Annual statistical returns and brief notes on vaccination in Bengal - 1896-1909
Year: 1896
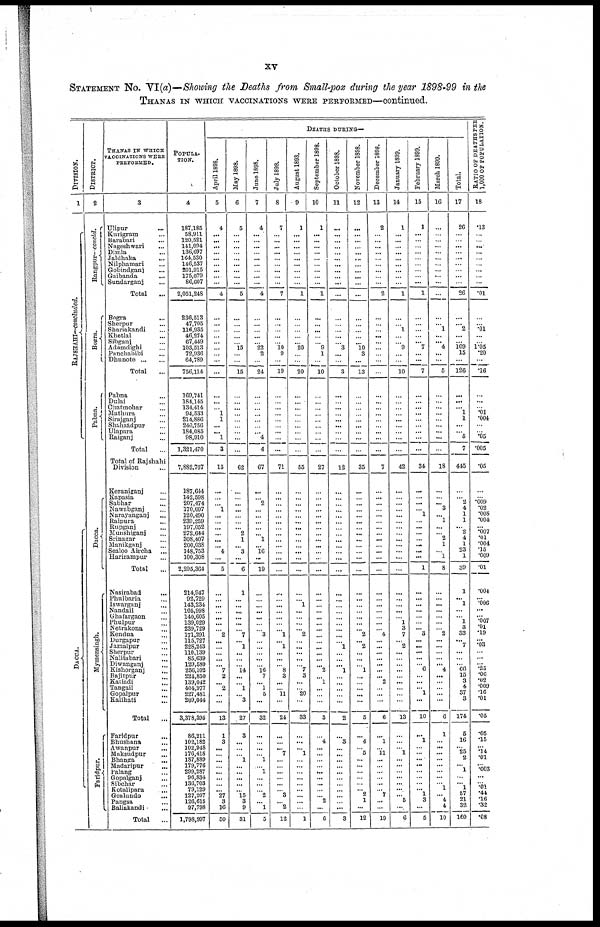
xv
STATEMENT No. VI(a)—Showing the Deaths from Small-pox during the year 1898-99 in the
THANAS IN WHICH VACCINATIONS WERE PERFORMED—continued.
DIVISION.
1
RAJSHAHI—concluded.
DACCA.
DISTRICT.
2
Rangpur-concld.
Bogra.
Pabna.
Dacca.
Mymensingh.
Faridpur.
THANAS IN WHICH
VACCINATIONS WERE
PERFORMED.
3
Ulipur ...
Kurigram ...
Barabari ...
Nageshwari ...
Dimla ...
Jaldhaka
...
Nilphamari ...
Gobindganj ...
Gaibanda ...
Sundarganj ...
Total
...
Bogra
...
Sherpur ...
Shariakandi ...
Khetlal ...
Sibganj ...
Adamdighi ...
Panchabibi ...
Dhunote ... ...
Total
...
Pabna ...
Dulai ...
Chatmohar ...
Mathura ...
Sirajganj ...
Shahzadpur ...
Ulapara ...
Raiganj ...
Total ...
Total of Rajshahi
Division ...
Keraniganj ...
Kapasia ...
Sabhar ...
Nawabganj ...
Narayanganj ...
Raipura ...
Rupganj ...
Munshiganj ...
Srinagar ...
Manikganj ...
Sealoo Aircha ...
Harirampur ...
Total ...
Nasirabad
...
Phulbaria ...
Iswarganj ...
Nandail ...
Ghafargaon ...
Phulpur ...
Netrakona ...
Kendua ...
Durgapur ...
Jamalpur ...
Sherpur ...
Nalitabari ...
Diwanganj ...
Kishorganj ...
Bajitpur ...
Katiadi ...
Tangail ...
Gopalpur ...
Kalihati ...
Total ...
Faridpur
...
Bhushana ...
Awanpur ...
Maksudpur ...
Bhanga
...
Madaripur ...
Palang ...
Gopalganj ...
Sibchar ...
Kotalipara ...
Goalundo ...
Pangsa ...
Baliakandi ...
Total ...
POPULA-
TION.
4
187,185
58,911
120,521
141,094
136,697
164,530
146,537
201,915
175,079
86,607
2,051,248
236,513
47,705
116,935
46,274
67,449
103,513
72,936
64,789
756,114
169,741
184,145
134,414
94,533
214,886
240,756
184,085
98,910
1,321,470
7,882,767
187,644
142,598
207,474
170,697
120,490
239,259
197,052
272,644
308,407
200,038
148,753
100,308
2,295,364
214,947
92,729
143,234
105,998
140,605
139,029
239,729
171,291
115,727
228,243
110,139
85,639
129,589
256,102
224,850
139,042
404,977
227,481
209,044
8,378,395
86,211
102,182
102,948
176,418
187,889
179,776
299,287
96,834
136,703
79,129
127,207
126,615
97,798
1,798,997
DEATHS DURING—
April 1898.
5
4
...
...
...
...
...
...
...
...
...
4
...
...
...
...
...
...
...
...
...
...
...
...
1
1
...
... 1
3
15
...
...
...
1
...
...
...
...
...
... 4
...
5
...
...
...
...
...
...
...
2
...
...
...
...
... 7
2
... 2
...
...
13
1
3
...
...
...
...
...
...
...
... 27
3
16
50
May 1898.
6
5
...
...
...
...
...
...
...
...
...
5
...
...
...
...
...
15
...
...
15
...
...
...
...
...
...
...
...
...
62
...
...
...
...
...
...
...
2
1
...
3
...
6
1
...
... ...
...
...
...
7
... 1
...
...
... 14
...
... 1
... 3
27
3
...
...
...
1
...
...
...
...
...
15
3
9
31
June 1898.
7
4
...
...
...
...
...
...
...
...
...
4
...
...
...
...
...
22
2
...
24
...
...
... ...
...
...
...
4
4
67
...
...
2
...
...
...
... ...
1
...
16
...
19
...
...
...
...
...
...
...
3
...
...
...
...
... 16
7
... 1
5
...
32
...
... ...
...
1
...
1
...
...
...
2
...
1
5
July 1898.
8
7
...
...
...
...
...
...
...
...
...
7
...
...
...
...
... 10
9
...
19
...
...
...
...
...
...
...
...
...
71
...
...
...
...
...
...
...
...
...
...
...
...
...
...
...
...
...
...
...
...
1
... 1
...
...
... 8
3
...
... 11
...
24
...
... ...
7
...
...
...
...
...
...
3
...
2
12
August 1898.
9
1
...
...
...
...
...
...
...
...
...
1
...
...
...
...
... 20
...
...
20
...
...
...
...
...
...
...
...
...
55
...
...
...
...
...
...
...
...
...
...
...
...
...
...
...
1
...
...
...
...
2
...
...
...
...
... 7
3
...
... 20
...
33
...
...
... 1
...
...
...
...
...
...
...
...
...
1
September 1898.
10
1
...
...
... ...
...
...
...
...
...
1
...
...
...
...
...
9
1
...
10
...
...
...
...
...
...
...
...
...
27
...
...
...
...
...
...
...
...
...
...
...
...
...
...
...
...
...
...
...
...
...
...
...
...
...
... 2
... 1
...
...
...
3
...
4
...
...
...
...
...
...
...
...
...
2
...
6
October 1898.
11
...
...
...
...
...
... ...
...
...
...
...
...
...
...
...
...
3
...
...
3
...
...
...
...
...
...
...
...
...
12
...
...
...
...
...
...
...
...
...
...
...
...
...
...
...
...
...
...
...
...
...
... 1
...
...
... 1
...
...
...
...
...
2
...
3
...
...
...
...
...
...
... ...
...
...
...
3
November 1898.
12
...
...
...
...
...
...
...
... ...
...
...
...
...
...
...
...
10
3
...
13
...
...
...
...
...
...
...
...
...
35
...
...
...
...
... ...
...
...
...
...
...
...
...
...
...
...
...
...
...
...
2
... 2
...
...
... 1
...
...
...
...
...
5
...
4
...
5
...
...
...
...
...
... 2
1
...
12
December 1898.
13
2
...
...
...
...
...
...
...
...
...
2
...
...
...
...
...
...
...
...
...
...
...
...
...
...
...
...
...
...
7
...
...
...
...
...
...
...
...
...
...
...
...
...
...
...
...
...
...
...
...
4
...
...
...
...
...
...
... 2
...
...
...
6
...
1
... 11
...
...
...
...
...
...
7
...
...
19
January 1899.
14
1
...
...
...
...
...
...
...
...
...
1
...
...
1
...
...
9
...
...
10
...
...
...
...
...
...
...
...
...
42
...
...
...
...
...
...
...
...
...
...
...
...
...
...
...
...
...
...
1
3
7
...
2
...
...
...
...
...
...
...
...
...
13
...
...
...
1
...
...
...
...
...
...
... 5
...
6
February 1899.
15
1
...
...
...
...
...
...
...
...
...
1
...
...
...
...
... 7
...
...
7
...
...
...
...
...
...
...
...
...
34
...
...
...
...
1
...
...
...
...
...
...
...
1
...
...
...
...
...
...
... 3
...
...
...
...
... 6
...
...
... 1
...
10
...
1
...
...
... ...
...
...
...
... 1
3
...
5
March 1899.
16
...
...
...
...
...
...
...
...
...
...
...
...
1
...
... 4
...
...
5
...
...
...
...
...
...
...
...
...
18
...
...
...
3
... 1
...
...
2
1
...
1
8
...
...
...
...
...
...
...
2
...
...
...
...
... 4
...
...
...
...
...
6
1
... ...
...
...
...
...
...
...
1
... 4
4
10
Total.
17
26
...
...
...
...
...
...
...
...
...
26
...
...
2
...
...
109
15
...
126
...
...
... 1
1
...
...
5
7
445
...
...
2
4
1
1
... 2
4
1
23
1
39
1
... 1
...
...
1
3
33
... 7
...
...
... 66
15
3
4
37
3
174
5
16
...
25
2
... 1
...
... 1
57
21
32
160
RATIO OF DEATHS PER
1,000 OF POPULATION.
18
.13
...
...
...
...
...
...
...
...
...
.01
...
...
.01
...
...
1.05
.20
...
.16
...
...
...
.01
.004
...
...
.05
.005
.05
...
...
.009
.02
.008
.004
... .007
.01
.004
.15
.009
.01
.004
... .006
...
... .007
.01
.19
... .03
...
...
... .25
.06
.02
.009
.16
.01
.05
.05
.15
... .14
.01
...
.003
...
... .01
.44
.16
.32
.08